Newspaper: The Indianapolis journal. [volume]
Place of publication: Indianapolis [Ind.]
Publisher: Douglass & Conner
Date: 1900-09-29 00:00:00
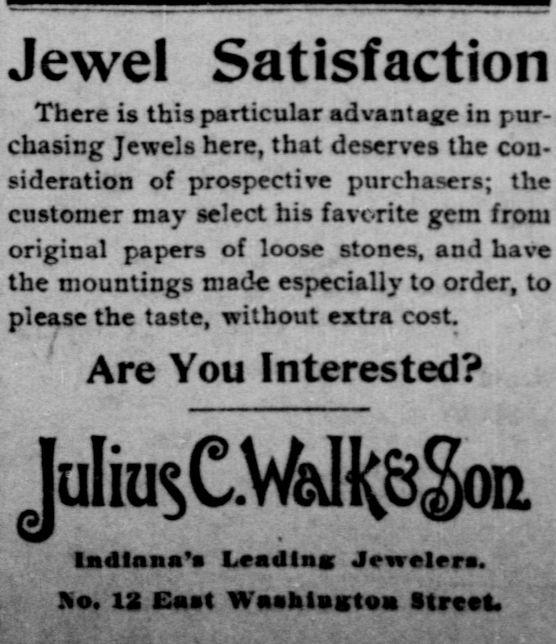
Advertisement text (OCR):
Jewel Satisfaction There is this particular advantage in pur chasing Jewels here, that deserves the con sideration of prospective purchasers; the customer may select his favorite gem from original papers of loose stones, and have the mountings made especially to order, to please the taste, without extra cost. Are You Interested? JuIiusCWaHcsgoa Indiana's Leading; Jewelers. No. 12 Cast Wnahtutftou Street.
Label: text-only